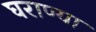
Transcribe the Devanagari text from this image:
घराण्या